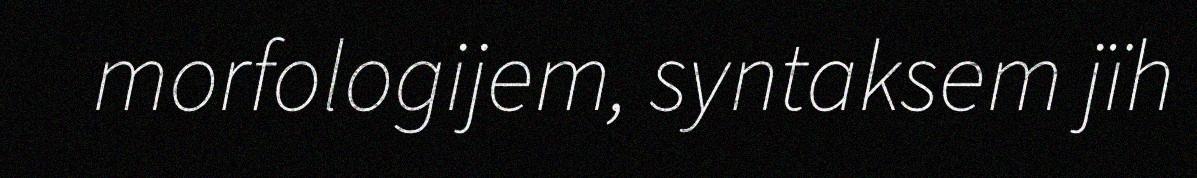
morfologijem, syntaksem jïh